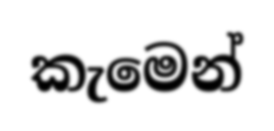
කැමෙන්